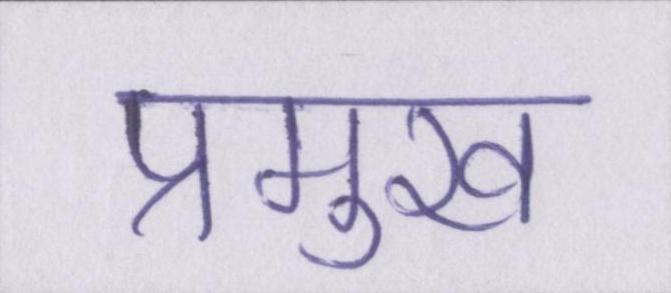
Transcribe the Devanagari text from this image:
प्रमुख